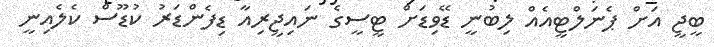
ބީޖީ އަށް ޕެނަލްޓީއެއް ލިބުނީ ޑޭވިޑަށް ޓީސީގެ ނައިޖީރިއާ ޑިފެންޑަރު ކުޑޫސް ކެލެއިނީ